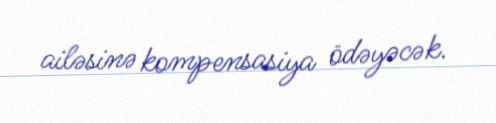
ailəsinə kompensasiya ödəyəcək.